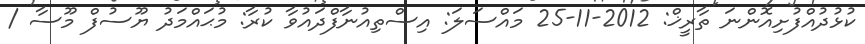
ކުޅުދުއްފުށިއޮންނަ ތާރީޚް: 2012-11-25 މައްސަލަ: އިސްތިއުނާފްދައުވާ ކުރާ: މުޙައްމަދު ޔޫސުފް މޫސާ /